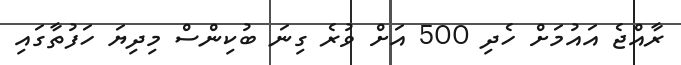
ރާއްޖެ އައުމަށް ހެދި 500 އަށް ވުރެ ގިނަ ބުކިންސް މިދިޔަ ހަފުތާގައި